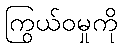
ကြွယ်ဝမှုကို